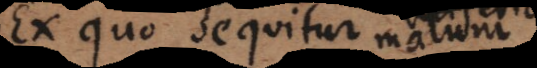
Ex quo sequitur miseria